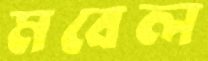
মবেল